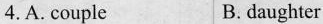
4.A. Couple B. daughter